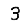
Digit: 3